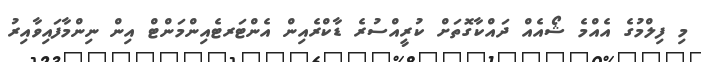
މި ފިލްމުގެ އެއްމެ ޝޯއެއް ދައްކާގޮތަށް ކުރީއްސުރެ ޑާކްރެއިން އެންޓަރޓެއިންމަންޓް އިން ނިންމާފައިވާއިރު